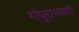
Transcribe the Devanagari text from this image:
गोपुराभोवती